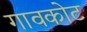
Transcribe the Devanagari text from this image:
गावकोट